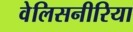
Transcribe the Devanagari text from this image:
वेलिसनीरिया